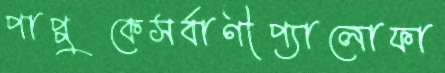
পাপ্পুকেসর্বাণীপ্যালোফা